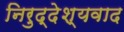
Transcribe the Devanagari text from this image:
निरुद्देश्यवाद